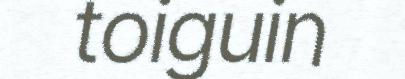
toiguin